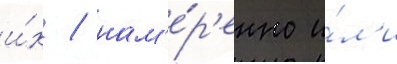
и́х / нам'е́р'енно и́л'и